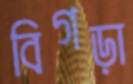
বিগড়া